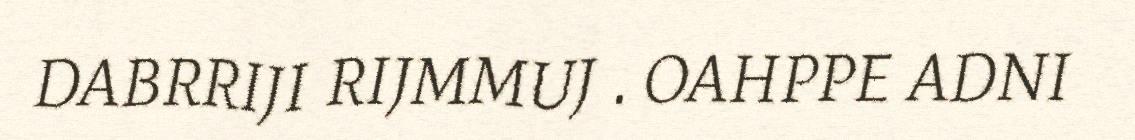
DABRRIJI RIJMMUJ . OAHPPE ADNI